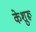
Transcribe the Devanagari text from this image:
केशुरू